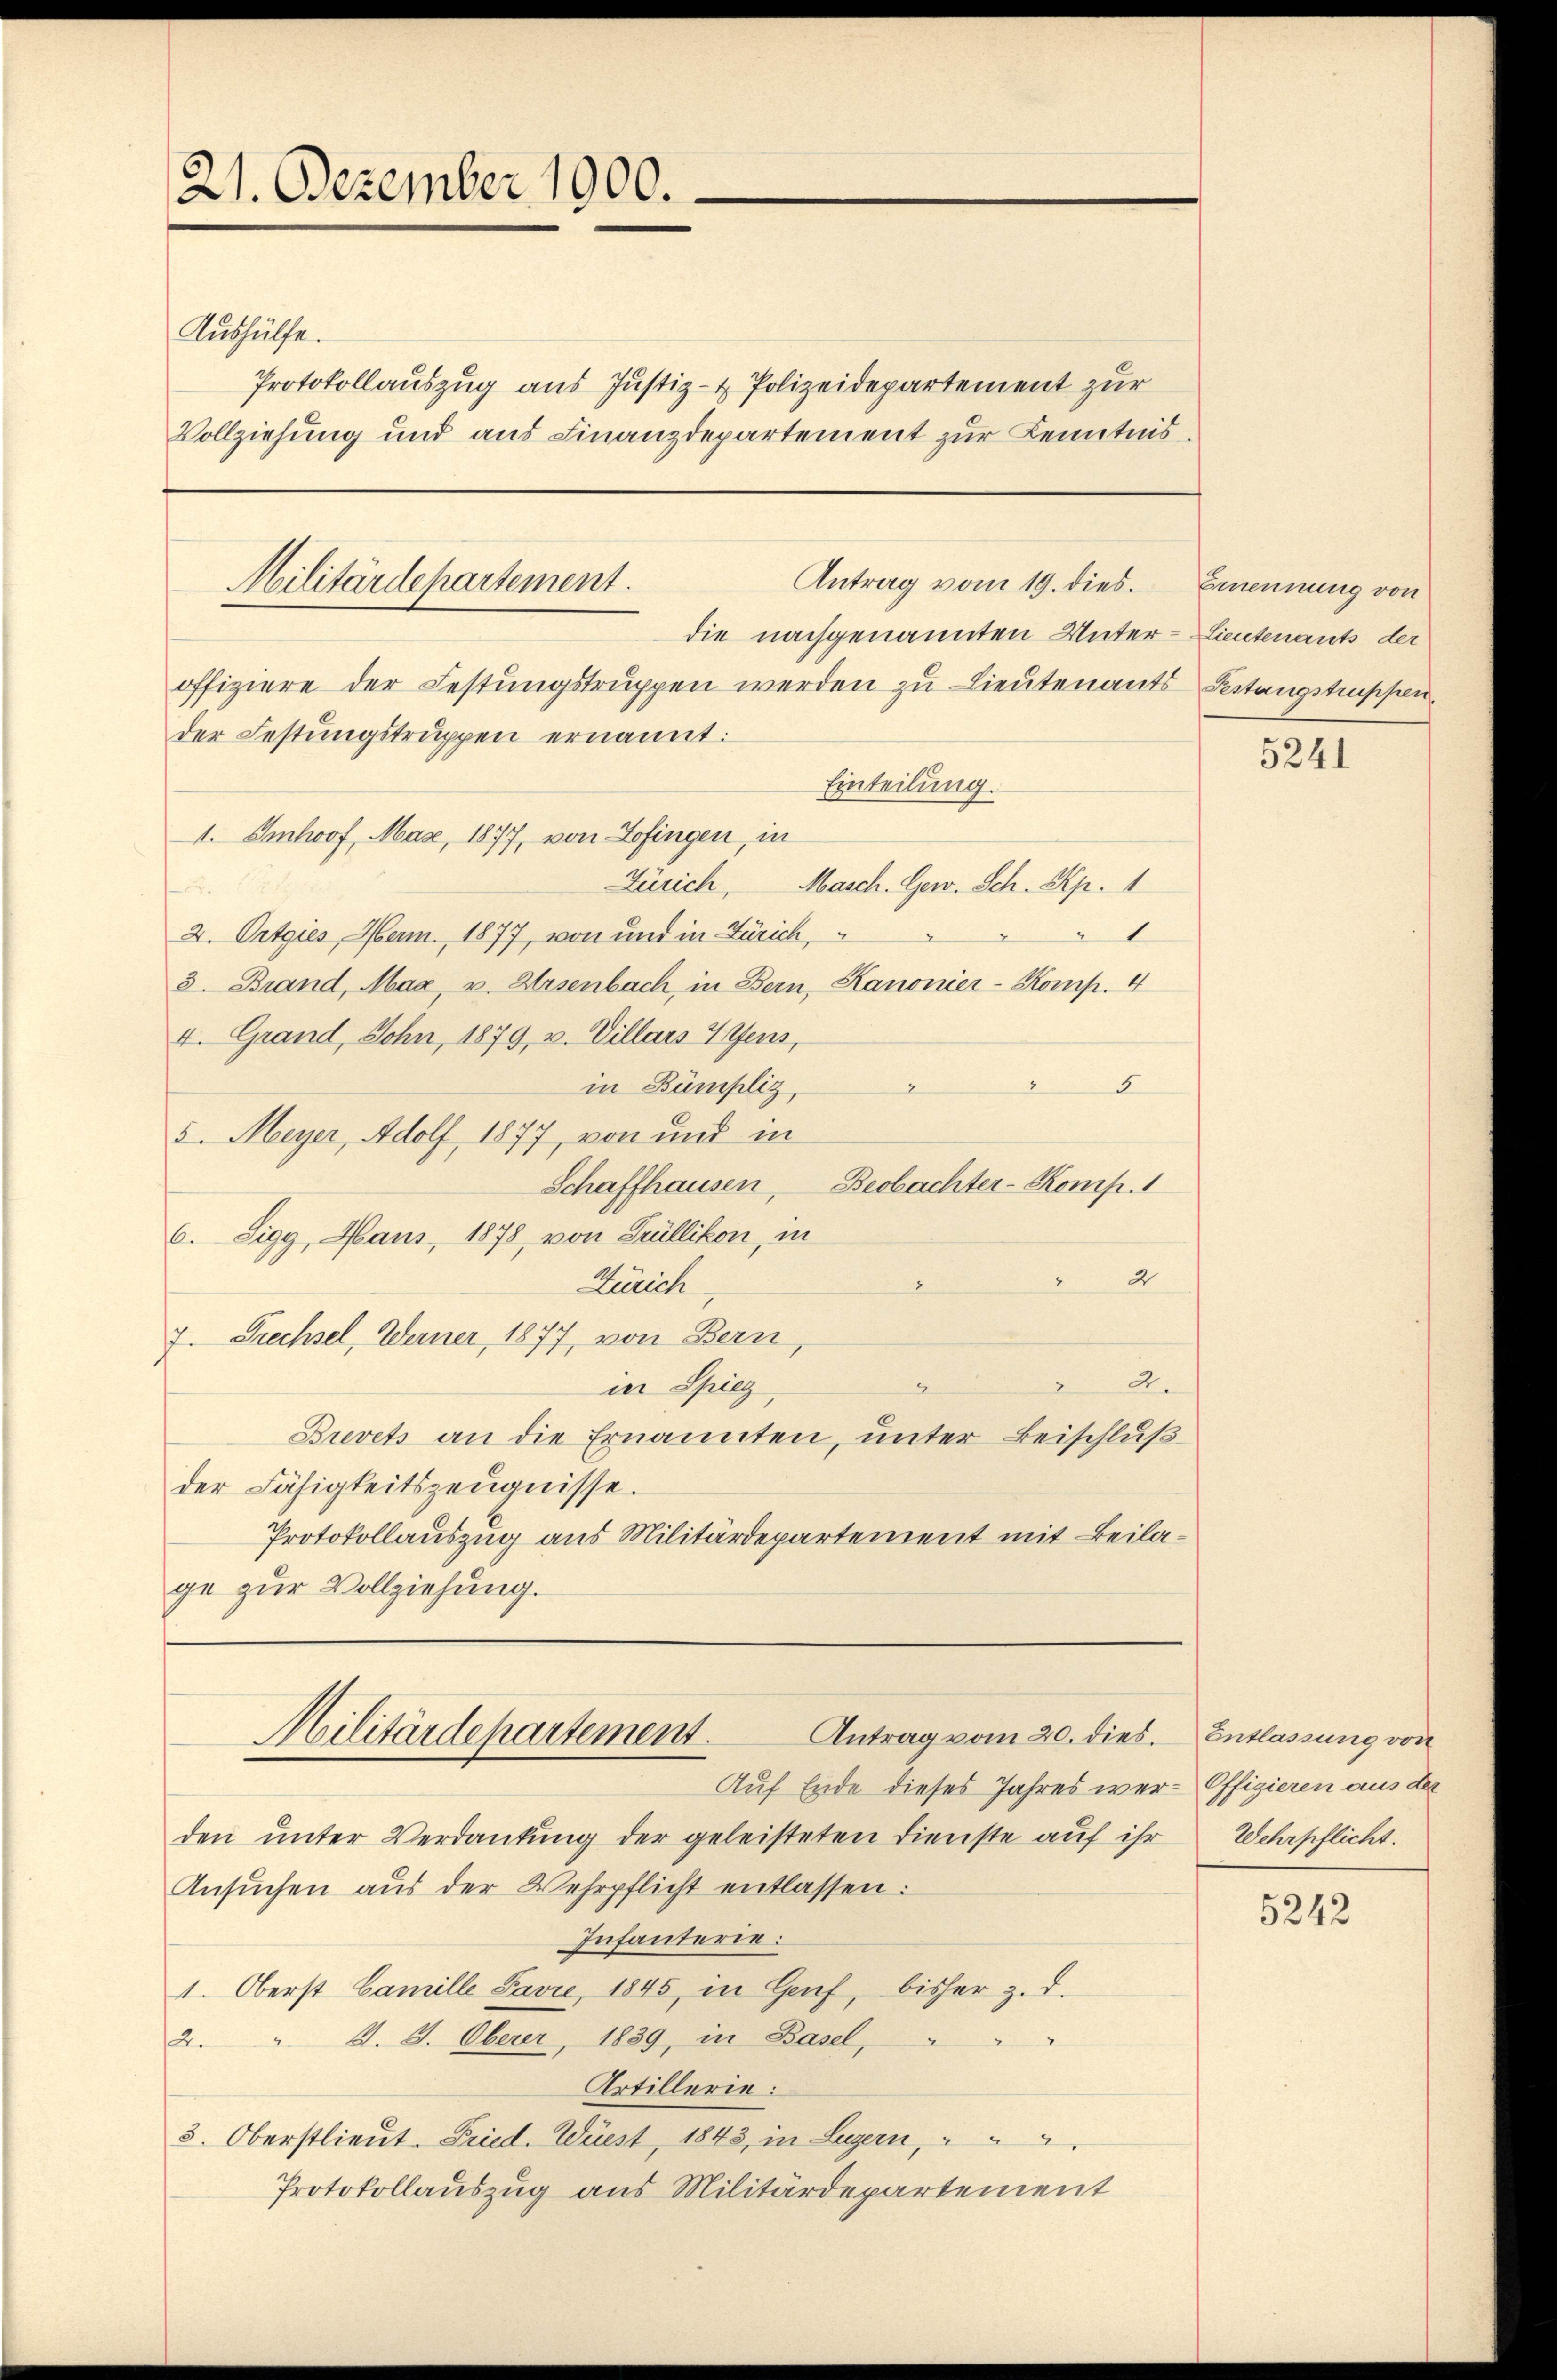
21. Dezember 1900.

Aushülfe.
Protokollauszug aus Justiz- & Polizeidepartement zur
Vollziehung und aus Finanzdepartement zur Kenntnis¬

Militärdepartement.
Antrag vom 19. dies. Ernennung von
die nachgenannten Unter-Lieutenants der

offiziere der Festungstruppen werden zu Lieutenants Seitungstrassen.
der Festungstruppen ernannt:
Einteilung.
1. Imhof, Mase, 1877, von Zofingen, in
Zürich,
Masch. Ger. Sch. Rp. 1
d
1
2. Ortgies, Herm. 1877, von und in Zürich,
3. Brand, Mag, v. Ursenbach, in Bern, Kanonier-Komp. 4
4. Grand, Sohn, 1879, v. Villars 4tens,
in Bümpliz,
5
5. Meyer, Adolf, 1877, von und in
Schaffhausen, Beobachter-Komp. 1
6. Sigg, Haus, 1878, von Trüllikon, in
2
Zürich
7. Prechsel, Werner, 1877, von Bern,
2.
in Spieg
Brevets an die Ernannten, unter Beischluß
der Fähigkeitszeugnisse.
Protokollauszug aus Militärdepartement mit Beilage zur Vollziehung.

Auf Ende dieses Jahres wer- Offizieren aus der
den unter Verdankung der geleisteten Dienste auf ihr Wehrpflicht.
Ansŭchen aŭs der Wehrpflicht entlassen.
Infanterie:
1. Oberst Camille Pavie, 1845, in Genf, bisher z. d.
2. " J. J. Oberer, 1839, in Basel,
2
Artillerie:
3. Oberstlieut. Fried. Wüest, 1843, in Luzern,
Protokollauszug aus Militärdepartement

Antrag vom 20. dies. Entlassung von
Militärdepartement

5241

5242